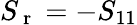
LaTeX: S_{\mathrm{~r~}}=-S_{11}